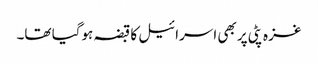
غزہ پٹی پر بھی اسرائیل کا قبضہ ہوگیا تھا۔